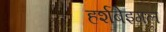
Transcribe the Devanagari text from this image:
हर्शबेइगल